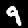
Label: 9